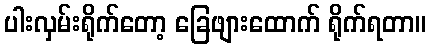
ပါးလှမ်းရိုက်တော့ ခြေဖျားထောက် ရိုက်ရတာ။